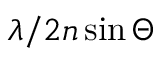
\lambda / 2 n \sin \Theta